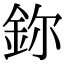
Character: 鉨